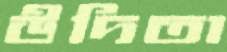
উদিতা